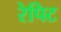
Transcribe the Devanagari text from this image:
रेपिट